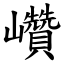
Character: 巑